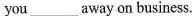
you___away on business.